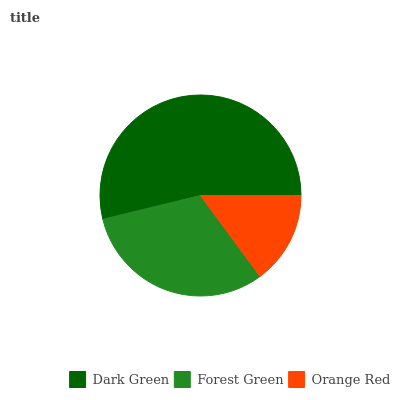
| Dark Green | Forest Green | Orange Red |
 | --- | --- | --- |
 | 53.8% | 31.3% | 14.9% |